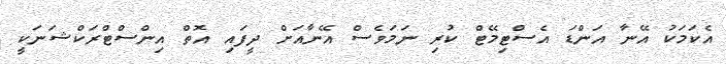
އެކަމަކު އޭނާ އަންޑަ އެސްޓިމޭޓް ކުރި ނަމަވެސް އޭނާއަށް ދީފައި އޮތް އިންސްޓްރަކްޝަނަކީ